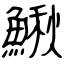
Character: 鰍